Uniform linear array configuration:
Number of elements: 4
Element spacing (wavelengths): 0.75
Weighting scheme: blackman
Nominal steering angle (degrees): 45
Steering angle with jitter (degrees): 44.19
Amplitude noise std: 0.05
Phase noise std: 0.05

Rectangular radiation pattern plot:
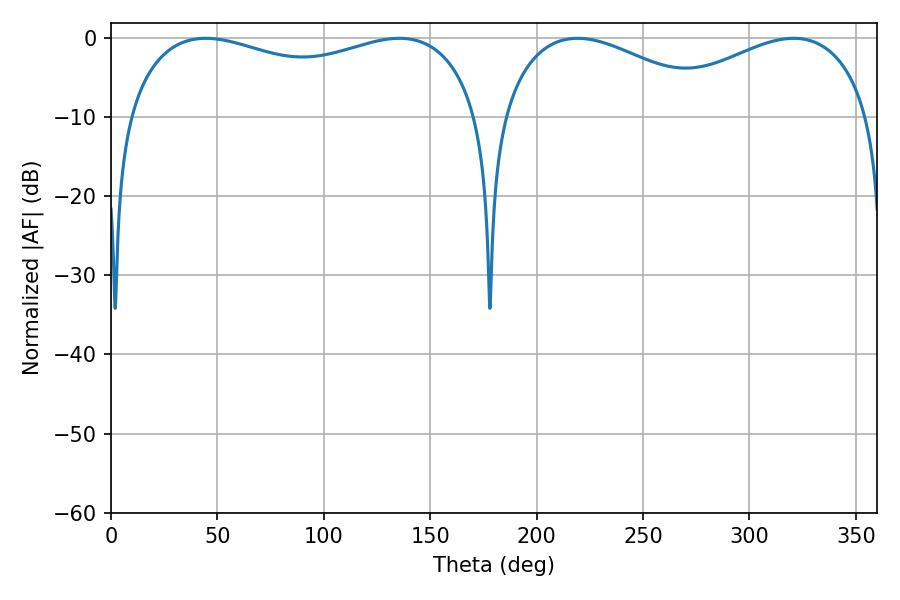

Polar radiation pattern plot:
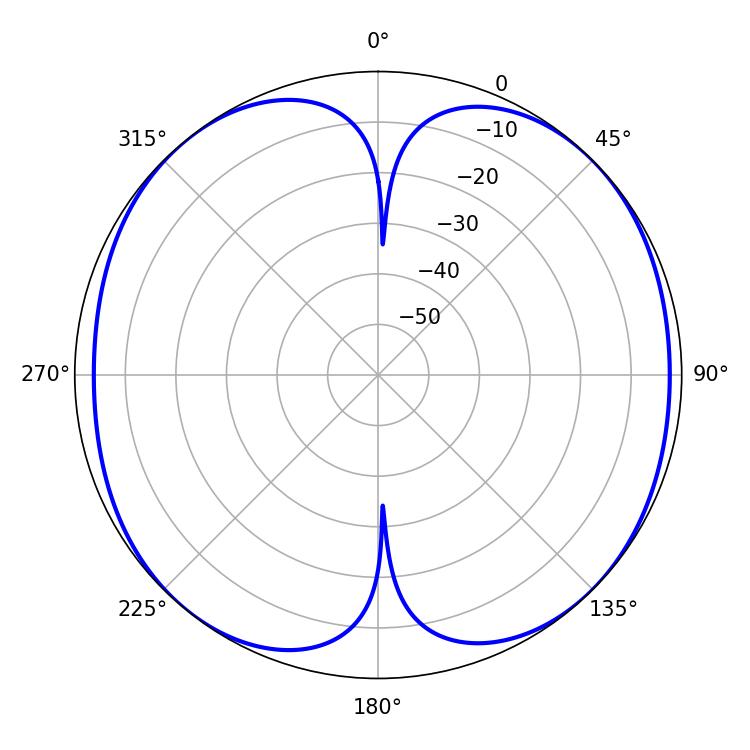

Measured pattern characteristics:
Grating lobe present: TRUE
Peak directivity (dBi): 11.482
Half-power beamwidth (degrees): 57.42
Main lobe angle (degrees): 320.76